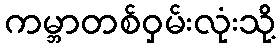
ကမ္ဘာတစ်ဝှမ်းလုံးသို့